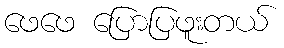
ဖေဖေ ပြောပြဖူးတယ်